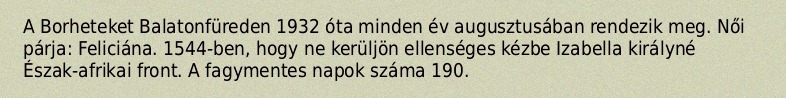
A Borheteket Balatonfüreden 1932 óta minden év augusztusában rendezik meg. Női párja: Feliciána. 1544-ben, hogy ne kerüljön ellenséges kézbe Izabella királyné Észak-afrikai front. A fagymentes napok száma 190.